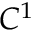
C ^ { 1 }